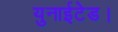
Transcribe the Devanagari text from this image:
युनाईटेड।